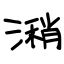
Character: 潲